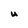
Character: U